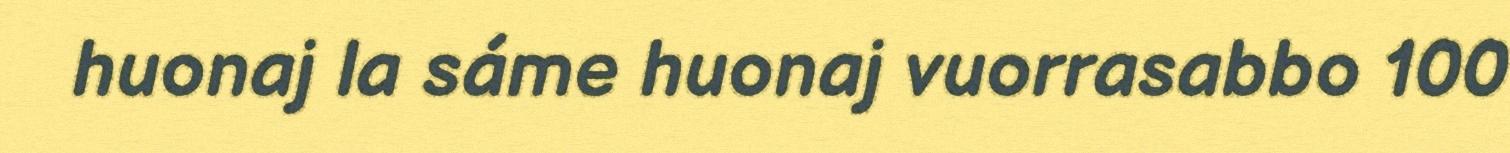
huonaj la sáme huonaj vuorrasabbo 100